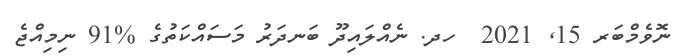
ނޮވެމްބަރ 15